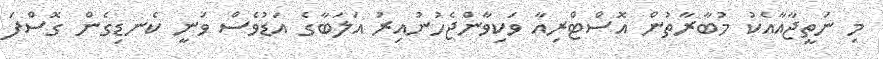
މި ނަތީޖާއާއެކު މުބާރާތުން އޮސްޓްރިއާ ވަކިވާންޖެހުނުއިރު އަލަބާގެ އަޑުވެސް ވަނީ ކެނޑިގެން ގޮސްފަ